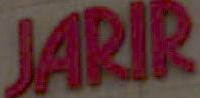
JARIR